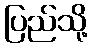
ပြည်သို့